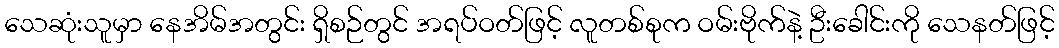
သေဆုံးသူမှာ နေအိမ်အတွင်း ရှိစဉ်တွင် အရပ်ဝတ်ဖြင့် လူတစ်စုက ဝမ်းဗိုက်နဲ့ ဦးခေါင်းကို သေနတ်ဖြင့်